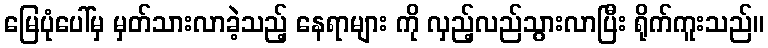
မြေပုံပေါ်မှ မှတ်သားလာခဲ့သည့် နေရာများ ကို လှည့်လည်သွားလာပြီး ရိုက်ကူးသည်။